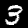
Label: 3